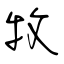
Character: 牧